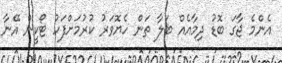
އެންމެ ޖާގަ ބޮޑު ދިމާއެއް ބަލާ ތަން ހެޔޮވަރު ކުރުމަށްފަހު ޓޯކީން އޭނާ